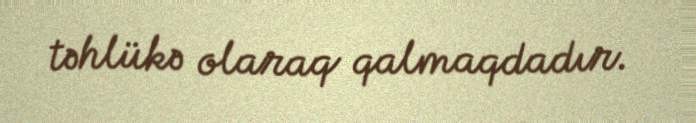
təhlükə olaraq qalmaqdadır.